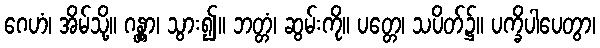
ဂေဟံ၊ အိမ်သို့။ ဂန္တွာ၊ သွား၍။ ဘတ္တံ၊ ဆွမ်းကို။ ပတ္တေ၊ သပိတ်၌။ ပက္ခိပါပေတွာ၊